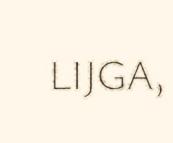
LIJGA,